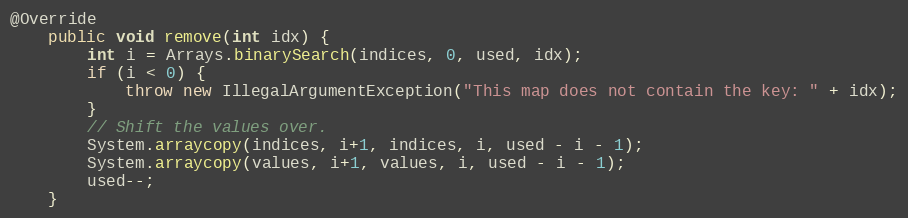
Language: Java
@Override
    public void remove(int idx) {
		int i = Arrays.binarySearch(indices, 0, used, idx);
		if (i < 0) {
			throw new IllegalArgumentException("This map does not contain the key: " + idx);
		}
		// Shift the values over.
		System.arraycopy(indices, i+1, indices, i, used - i - 1);
		System.arraycopy(values, i+1, values, i, used - i - 1);
		used--;
	}